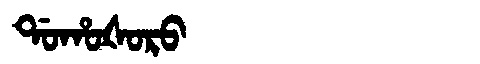
Manchu: ᡩᠣᡥᠣᡧᠣᡵᠣ
Romanization: DOHOŠORO